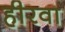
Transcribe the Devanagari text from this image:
हीरवा